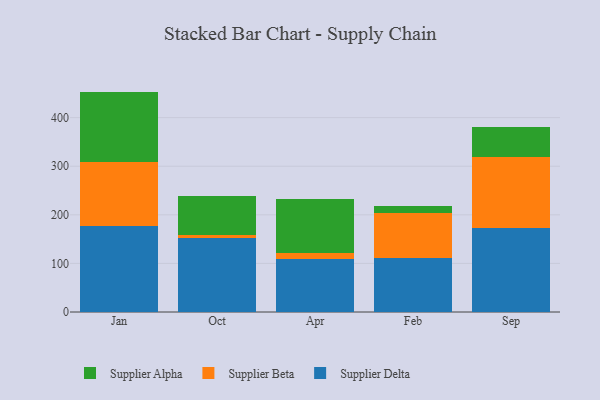
{"axis": {"x": "Month", "y": "Satisfaction Score"}, "legend": ["Supplier Alpha", "Supplier Beta", "Supplier Delta"], "data": [{"x": "Jan", "y": 177.8, "type": "Supplier Delta"}, {"x": "Jan", "y": 130.5, "type": "Supplier Beta"}, {"x": "Jan", "y": 145.3, "type": "Supplier Alpha"}, {"x": "Oct", "y": 153.0, "type": "Supplier Delta"}, {"x": "Oct", "y": 5.5, "type": "Supplier Beta"}, {"x": "Oct", "y": 79.9, "type": "Supplier Alpha"}, {"x": "Apr", "y": 109.3, "type": "Supplier Delta"}, {"x": "Apr", "y": 13.0, "type": "Supplier Beta"}, {"x": "Apr", "y": 109.6, "type": "Supplier Alpha"}, {"x": "Feb", "y": 110.7, "type": "Supplier Delta"}, {"x": "Feb", "y": 92.8, "type": "Supplier Beta"}, {"x": "Feb", "y": 15.1, "type": "Supplier Alpha"}, {"x": "Sep", "y": 172.3, "type": "Supplier Delta"}, {"x": "Sep", "y": 147.6, "type": "Supplier Beta"}, {"x": "Sep", "y": 60.4, "type": "Supplier Alpha"}]}